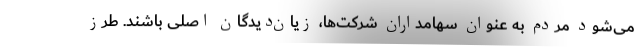
می‌شود مردم به‌ عنوان سهامداران شرکت‌ها، زیان‌دیدگان اصلی باشند. طرز